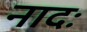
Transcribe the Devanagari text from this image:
नादः